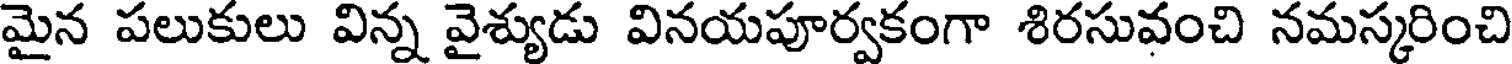
మైన పలుకులు విన్న వైశ్యుడు వినయపూర్వకంగా శిరసువంచి నమస్కరించి